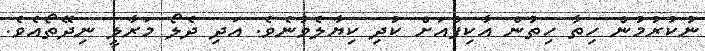
ނުކުރުމުން ހިތާ ހިތުން އާކިފްއަށް ކުދި ކިޔާލެވުނެވެ. އަދި ދެލޯ މަރާލީ ނިދޭތޯއެވެ.